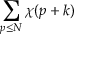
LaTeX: \sum _ { p \leq N } \chi ( p + k )